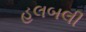
હલબલી